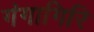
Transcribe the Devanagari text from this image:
गंगागिरि